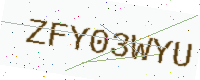
Text: ZFY03WYU